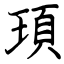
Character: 頊